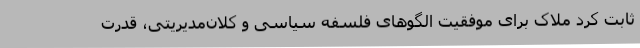
ثابت کرد ملاک برای موفقیت الگوهای فلسفه سیاسی و کلان‌مدیریتی، قدرت